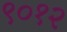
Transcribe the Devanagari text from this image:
९०१२